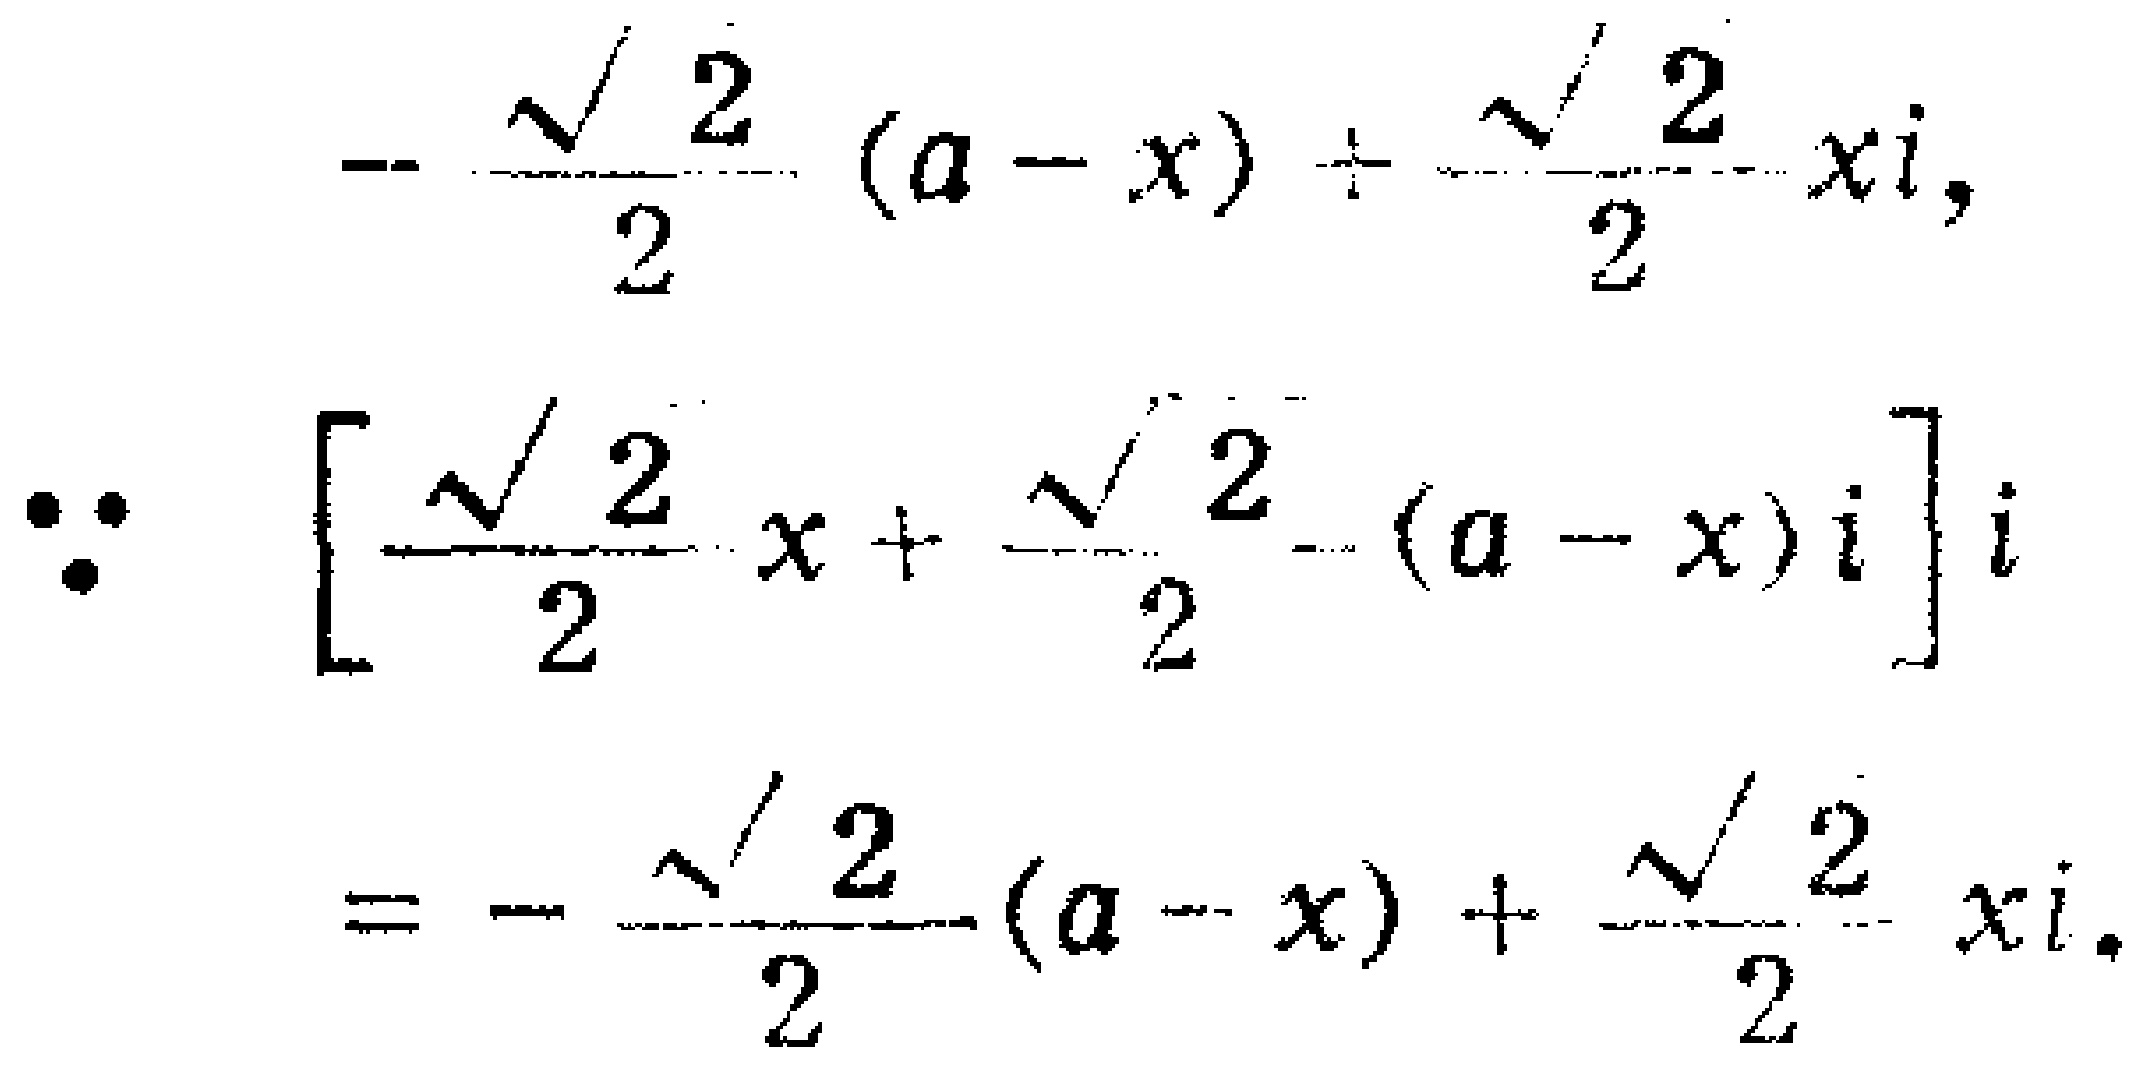
\[
-\frac{\sqrt{2}}{2}(a - x)+\frac{\sqrt{2}}{2}xi,
\]
\[
\because\left[\frac{\sqrt{2}}{2}x+\frac{\sqrt{2}}{2}(a - x)i\right]i
\]
\[
=-\frac{\sqrt{2}}{2}(a - x)+\frac{\sqrt{2}}{2}xi.
\]